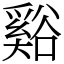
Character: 谿